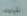
لقيامك